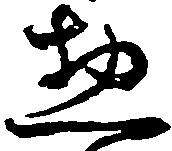
惣